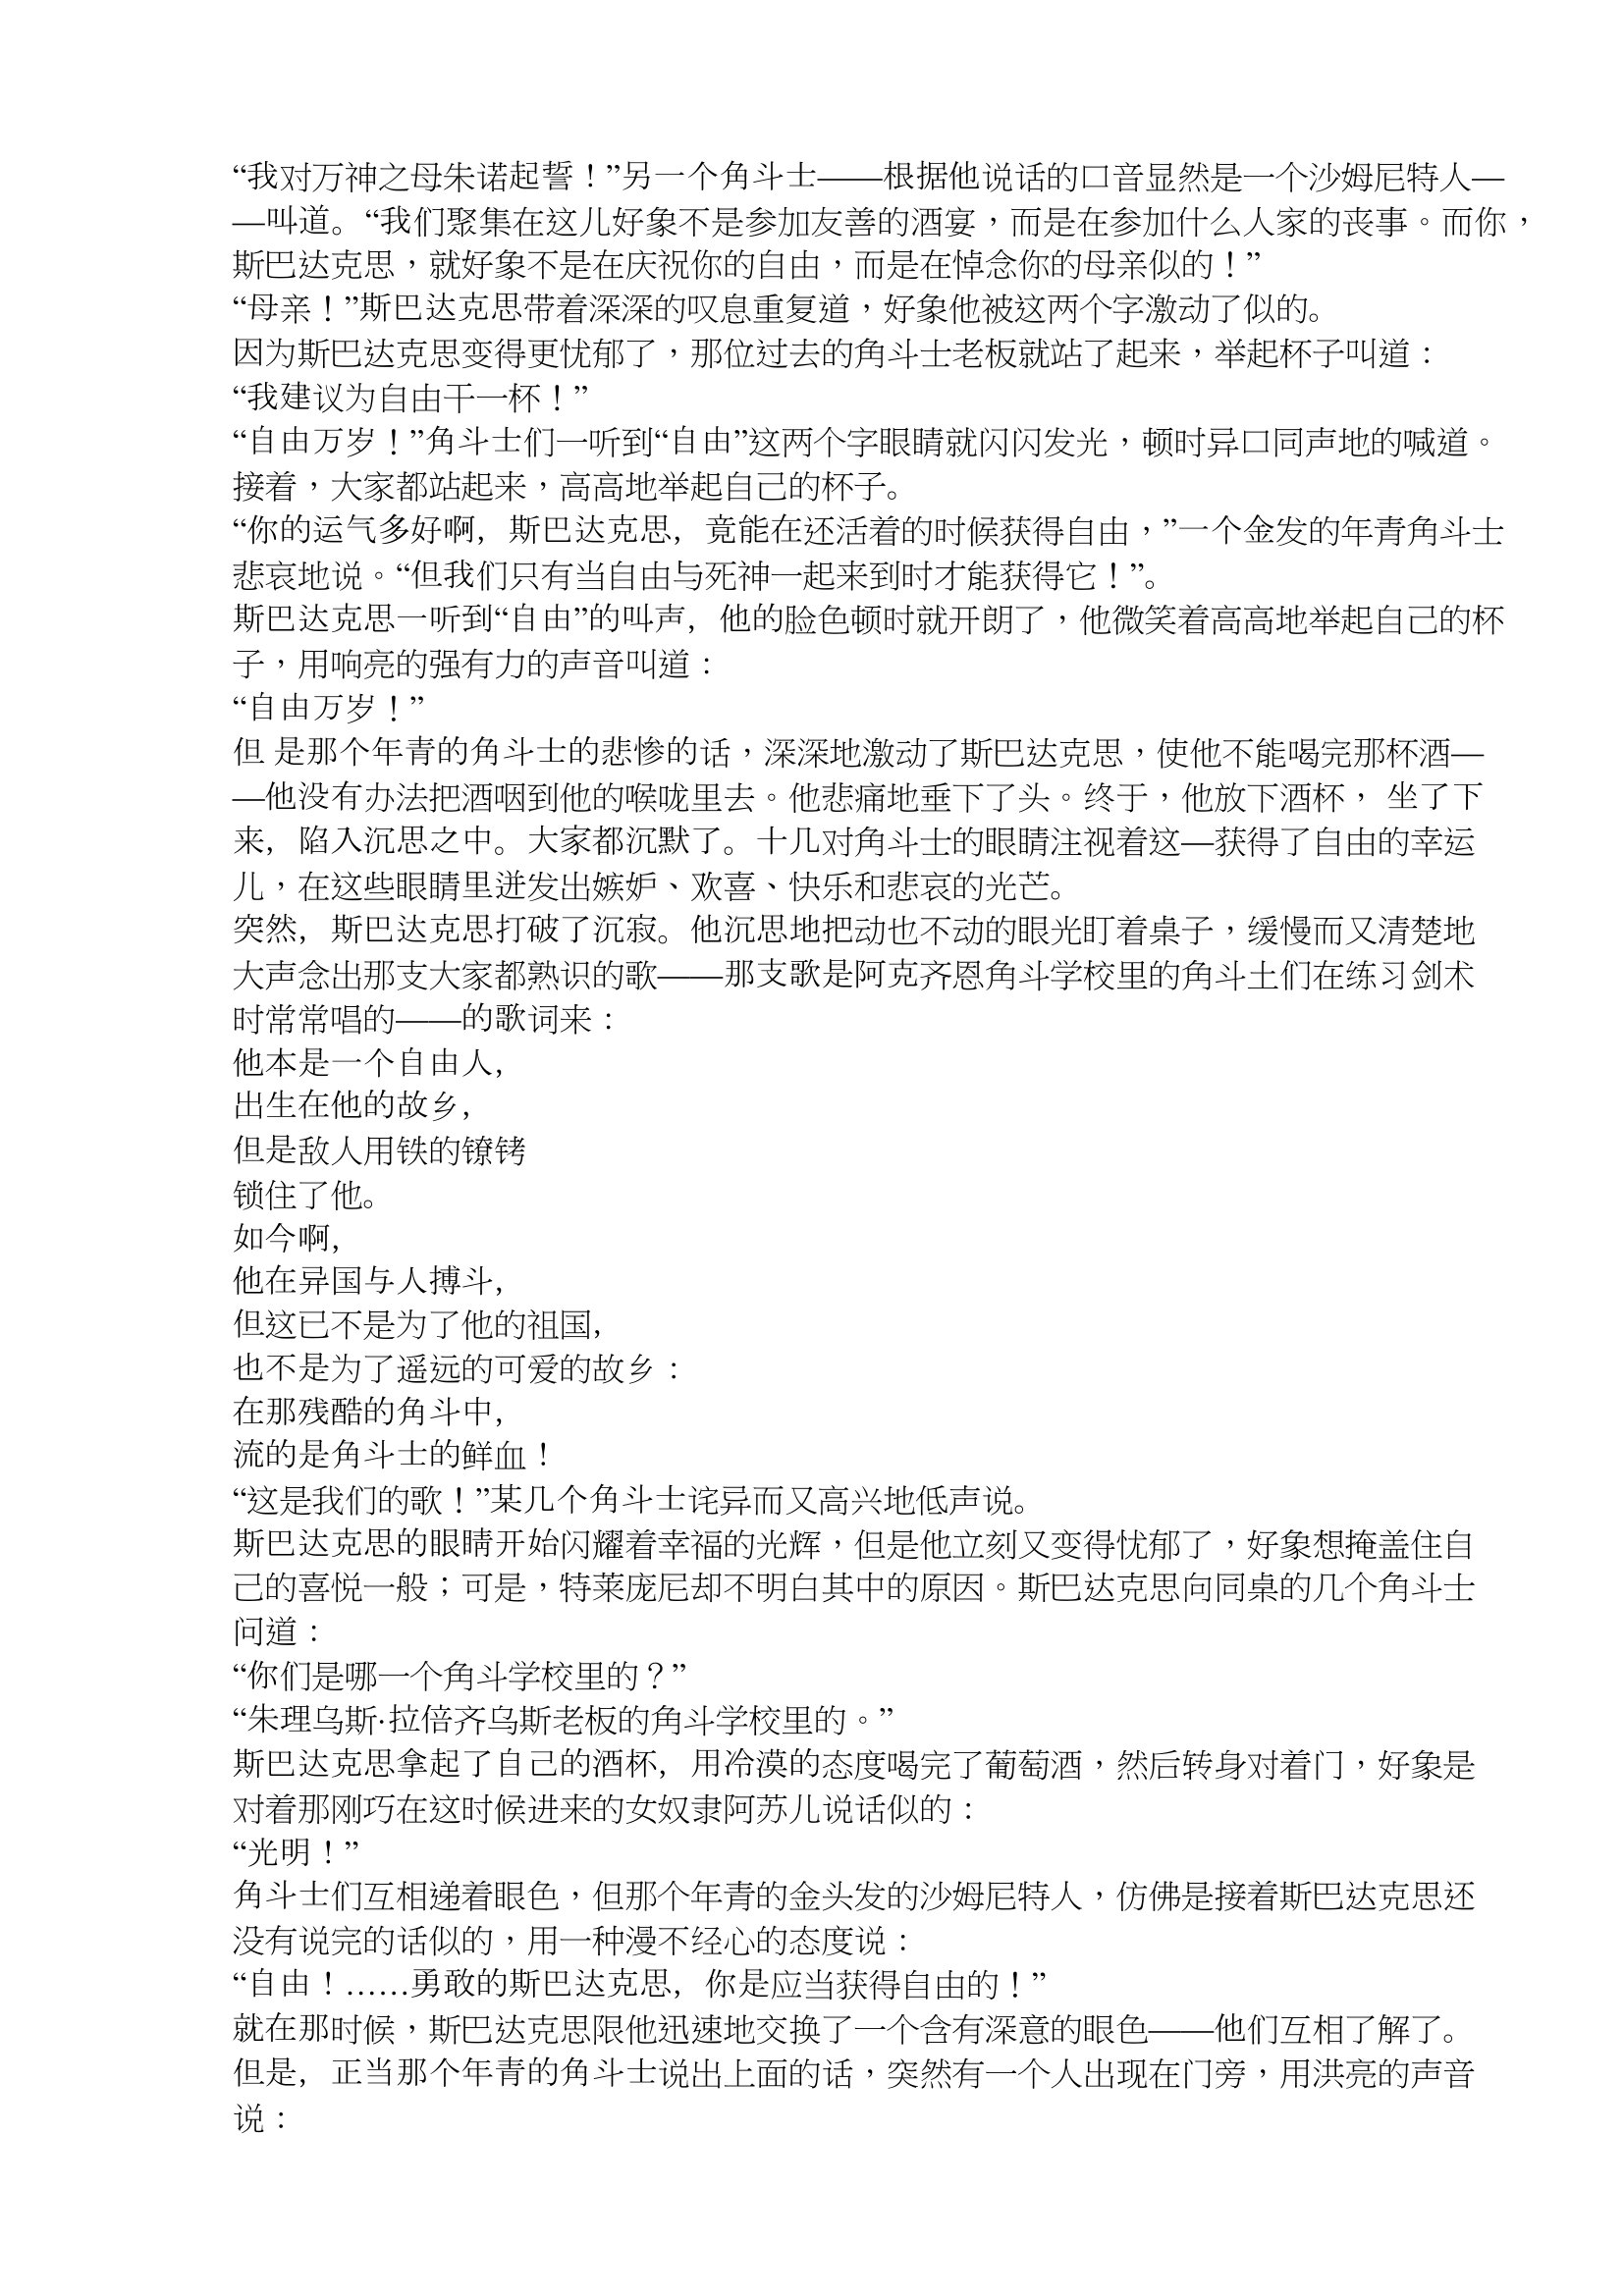
Language: zh